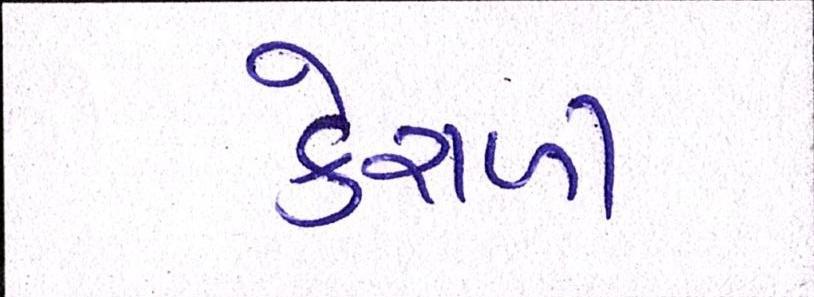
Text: કેરાળી